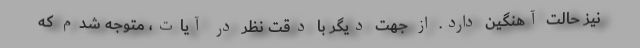
نیز حالت آهنگین دارد. از جهت دیگر با دقت نظر در آیات، متوجه شدم که